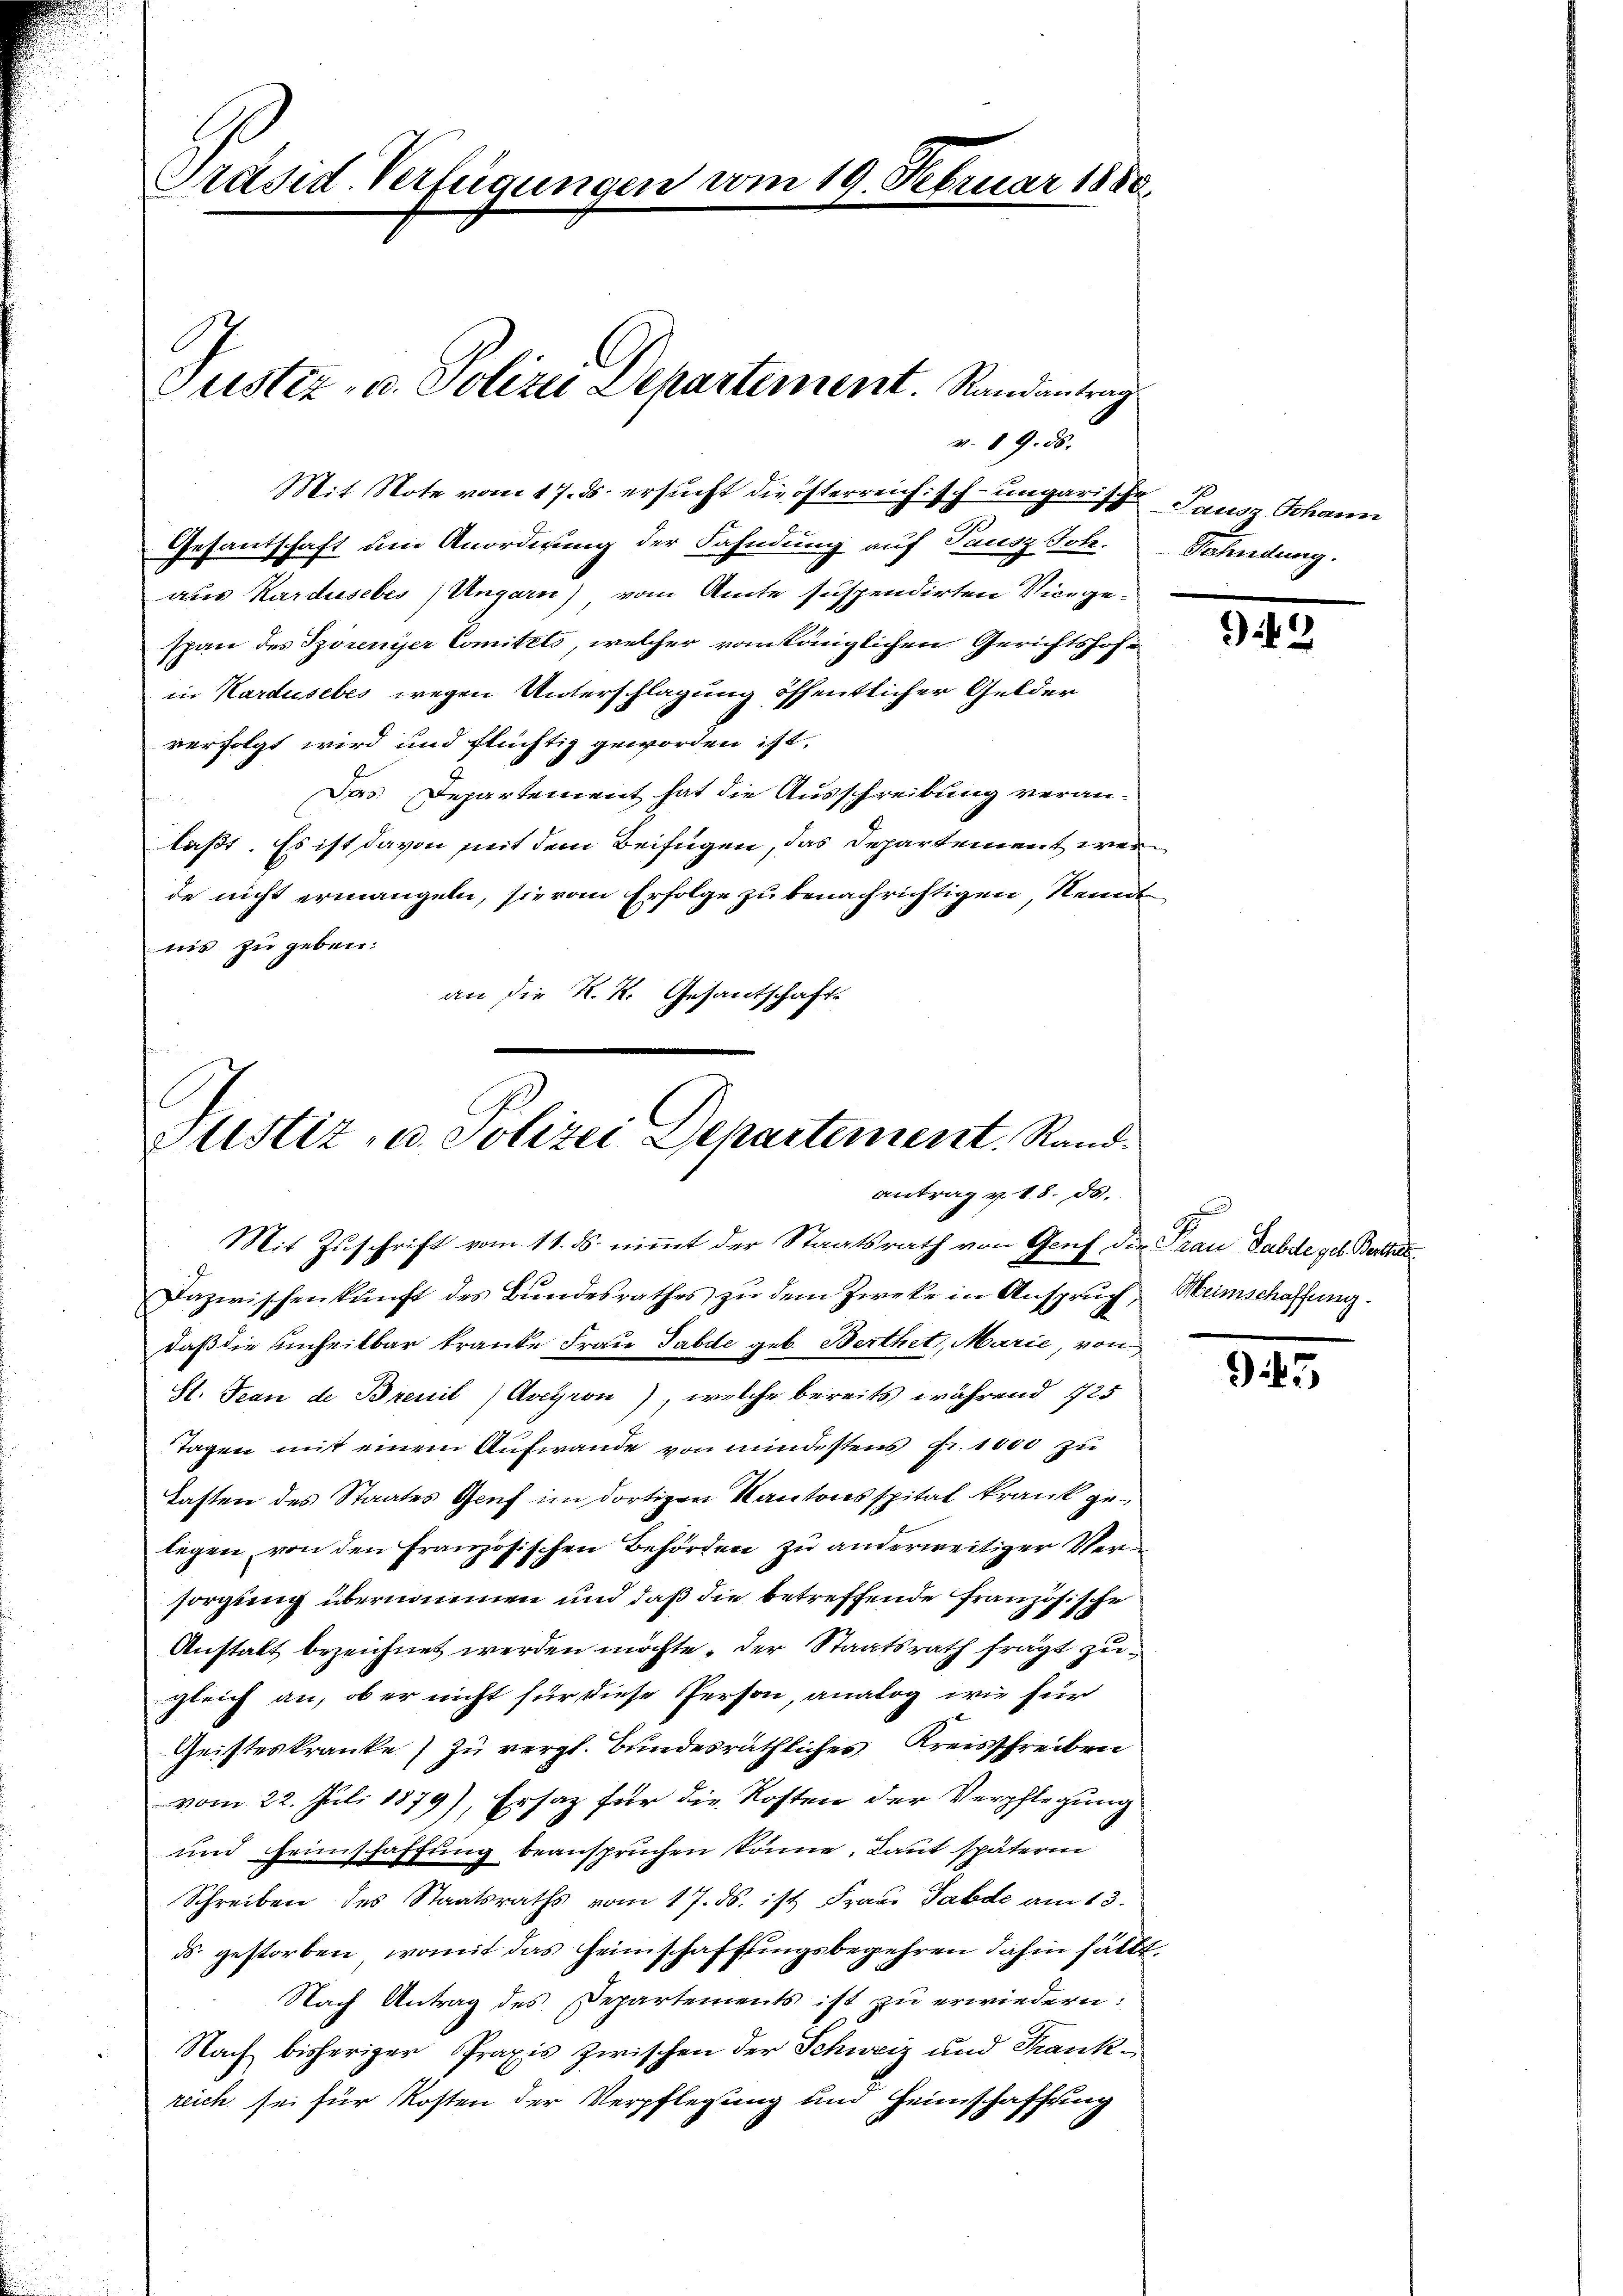
Präsid. Verfügungen vom 19. Februar 1880.

Justiz- u. Polizei Departement. Randantrag
v. 89. ds.

Justiz- u. Polizei Departement. Rand.
antrag v. 18. ds.

Mit Note vom 17. ds. ersucht die österreich sch ungarische Pausz Johann
Gesantschaft um Anordnung der Fahndung auf Pausz Joh. Fahndung.
aus Kardusebes, Ungarn) vom Amte suspendirten Vicegespan des Szorenyer Comitets, welcher vom länglichen Gerichtshofe
in Kardusebes wegen Unterschlagung öffentlicher Gelder
verfolgt wird und flüchtig geworden ist.
Das Departement hat die Ausschreibung veran-

laßt. Es ist davon mit dem Beifügen, das Departement werde nicht ermangeln, sie vom Erfolge zu benachrichtigen, Kennt
nis zu geben.
an die K. K. Gesantschafts

Mit Zuschrift vom 11. ds. nimmt der Staatsrath von Genf die Frau Sabde geb. Bertat
Dazwischenkunft des Bundesrathes zu dem Zwecke in Anspruch, Meinschaffung
daß die Einheitbar kranke Frau Sabde geb. Berthet, Marie, von
St. Jean de Brenil) Aveyron), welche bereits während 125
Tagen mit einem Aufwande von mindestens Fr. 1000 zu
Tasten des Staates Genf im dortigen Kantonsspital krank gelegen, von den französischen Behörden zu anderweitiger Versorgung übernommen und daß die betreffende Französische
Anstalt bezeichnet werden möchte, der Staatsrath fragt zugleich an, ob er nicht für diese Person, analog wie für
Geisteskranke zu vergl. Bundesräthliches Kreisschreiben
vom 22. Juli 1879), Ersatz für die Kosten der Verpflegung
und Heimschaffung beansprüchen könne, Laut spätern
Schreiben des Staatsraths vom 17. ds. ist Frau Sabde am 13.
ds. gestorben, womit das Heimschaffungsbegehren dahin fällt.
Nach Antrag des Departements ist zu erwiedern:
Nach bisheriger Praxis zwischen der Schweiz und Frankreich sei für Kosten der Verpflegung und Heimschaffung

949

945